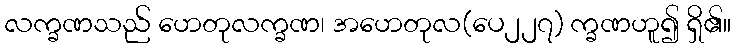
လက္ခဏသည် ဟေတုလက္ခဏ၊ အဟေတုလ(ပေ၂၂၇) က္ခဏဟူ၍ ရှိ၏။